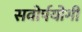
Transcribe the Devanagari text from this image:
सवोर्पयोगी